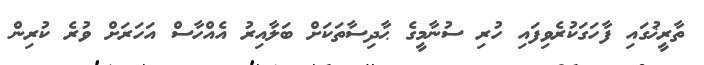
ތާރީޚުގައި ފާހަގަކުރެވިފައި ހުރި ސުނާމީގެ ޙާދިސާތަކަށް ބަލާއިރު އެއްހާސް އަހަރަށް ވުރެ ކުރިން